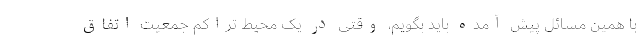
با همین مسائل پیش آمده باید بگویم، وقتی در یک محیط تراکم جمعیت اتفاق